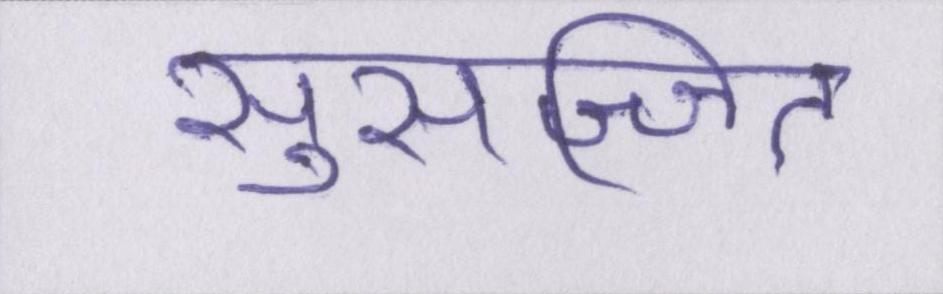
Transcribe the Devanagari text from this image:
सुसज्जित